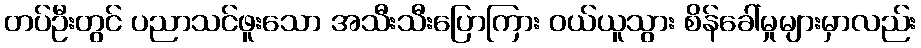
တပ်ဦးတွင် ပညာသင်ဖူးသော အသီးသီးပြောကြား ဝယ်ယူသွား စိန်ခေါ်မှုများမှာလည်း